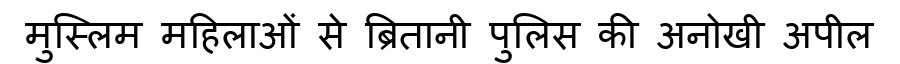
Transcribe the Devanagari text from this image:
मुस्लिम महिलाओं से ब्रितानी पुलिस की अनोखी अपील